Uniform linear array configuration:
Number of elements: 48
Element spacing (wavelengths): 0.5
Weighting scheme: binomial
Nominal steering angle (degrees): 45
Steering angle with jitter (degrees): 45.558
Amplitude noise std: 0.05
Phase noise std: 0.05

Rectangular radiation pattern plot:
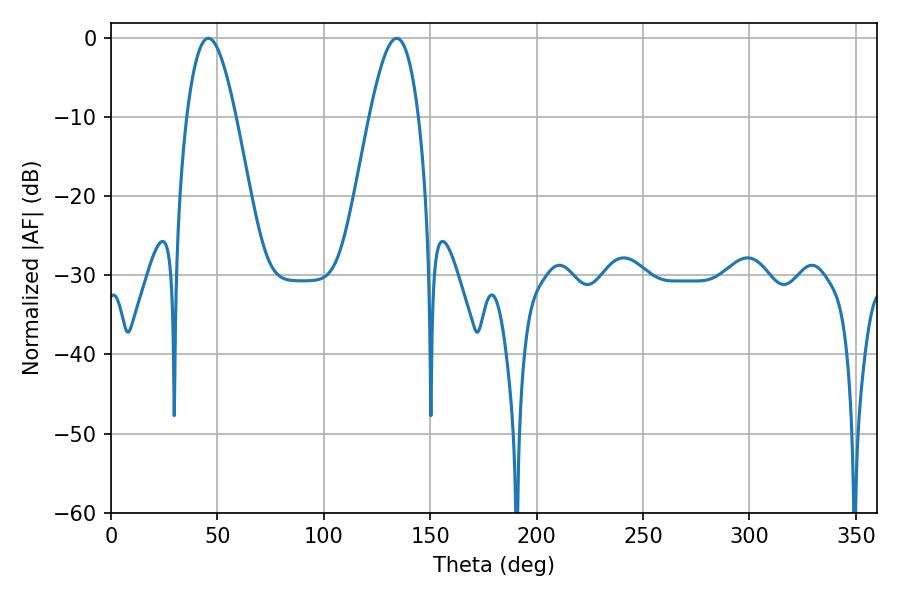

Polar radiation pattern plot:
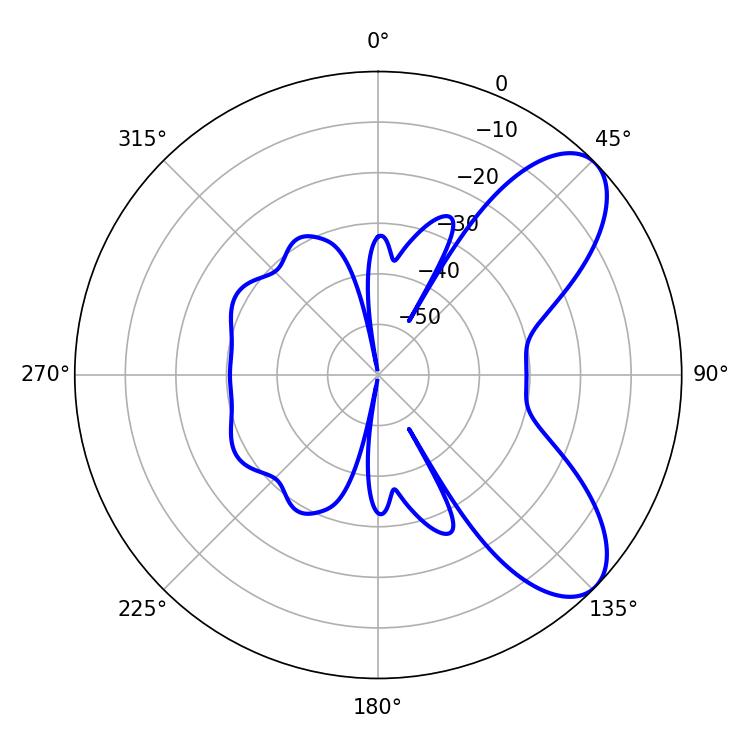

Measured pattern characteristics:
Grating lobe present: FALSE
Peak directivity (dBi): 7.678
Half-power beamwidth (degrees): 12.42
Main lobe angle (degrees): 45.72